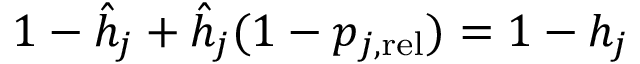
1 - \hat { h } _ { j } + \hat { h } _ { j } ( 1 - p _ { j , \mathrm { r e l } } ) = 1 - h _ { j }